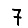
Digit: 7